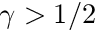
\gamma > 1 / 2